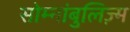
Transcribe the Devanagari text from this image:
सोम्नांबुलिज़्म